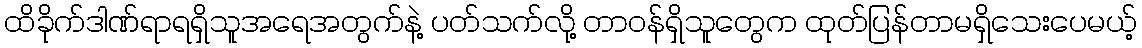
ထိခိုက်ဒါဏ်ရာရရှိသူအရေအတွက်နဲ့ ပတ်သက်လို့ တာဝန်ရှိသူတွေက ထုတ်ပြန်တာမရှိသေးပေမယ့်